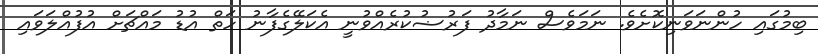
ބިމުގައި ހުންނަވަނިކޮށެވެ. ނަމަވެސް ނަމާދު ފަރުޟުކުރެއްވުނީ އެކަލޭގެފާނު ހަތް އުޑު މައްޗަށް އުފުއްލަވައި